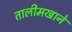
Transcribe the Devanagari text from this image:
तालीमखाने